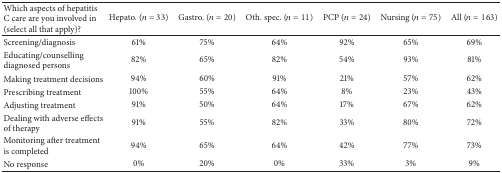
<table><thead><tr><td><b>Which aspects of hepatitis C care are you involved in (select all that apply)?</b></td><td><b>Hepato. (<i>n</i> = 33)</b></td><td><b>Gastro. (<i>n</i> = 20)</b></td><td><b>Oth. spec. (<i>n</i> = 11)</b></td><td><b>PCP (<i>n</i> = 24)</b></td><td><b>Nursing (<i>n</i> = 75)</b></td><td><b>All (<i>n</i> = 163)</b></td></tr></thead><tbody><tr><td>Screening/diagnosis</td><td>61%</td><td>75%</td><td>64%</td><td>92%</td><td>65%</td><td>69%</td></tr><tr><td>Educating/counselling diagnosed persons</td><td>82%</td><td>65%</td><td>82%</td><td>54%</td><td>93%</td><td>81%</td></tr><tr><td>Making treatment decisions</td><td>94%</td><td>60%</td><td>91%</td><td>21%</td><td>57%</td><td>62%</td></tr><tr><td>Prescribing treatment</td><td>100%</td><td>55%</td><td>64%</td><td>8%</td><td>23%</td><td>43%</td></tr><tr><td>Adjusting treatment</td><td>91%</td><td>50%</td><td>64%</td><td>17%</td><td>67%</td><td>62%</td></tr><tr><td>Dealing with adverse effects of therapy</td><td>91%</td><td>55%</td><td>82%</td><td>33%</td><td>80%</td><td>72%</td></tr><tr><td>Monitoring after treatment is completed</td><td>94%</td><td>65%</td><td>64%</td><td>42%</td><td>77%</td><td>73%</td></tr><tr><td>No response</td><td>0%</td><td>20%</td><td>0%</td><td>33%</td><td>3%</td><td>9%</td></tr></tbody></table>